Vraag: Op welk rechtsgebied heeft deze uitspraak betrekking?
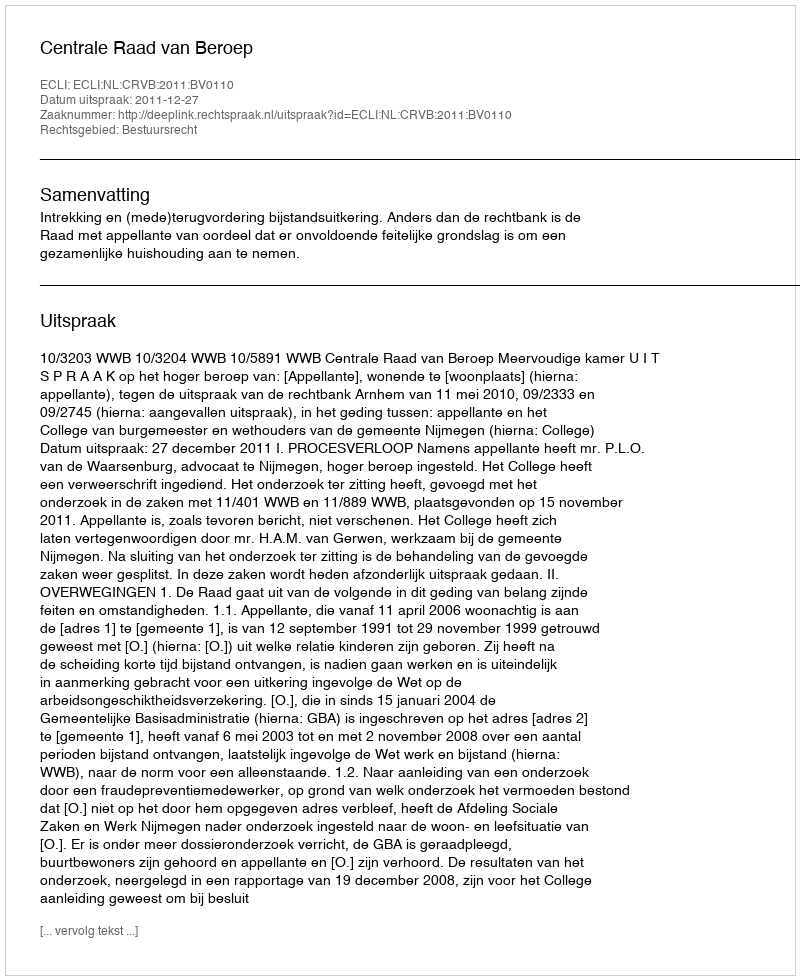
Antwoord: Bestuursrecht